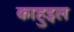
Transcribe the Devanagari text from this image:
काहुइल